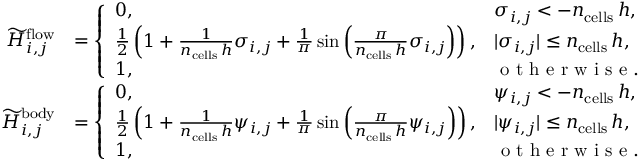
\begin{array} { r l } { \widetilde { H } _ { i , j } ^ { \mathrm { f l o w } } } & { = \left\{ \begin{array} { l l } { 0 , } & { \sigma _ { i , j } < - n _ { \mathrm { c e l l s } } \, h , } \\ { \frac { 1 } { 2 } \left( 1 + \frac { 1 } { n _ { \mathrm { c e l l s } } \, h } \sigma _ { i , j } + \frac { 1 } { \pi } \sin \left( \frac { \pi } { n _ { \mathrm { c e l l s } } \, h } \sigma _ { i , j } \right) \right) , } & { | \sigma _ { i , j } | \le n _ { \mathrm { c e l l s } } \, h , } \\ { 1 , } & { \textrm { o t h e r w i s e } . } \end{array} \right. } \\ { \widetilde { H } _ { i , j } ^ { \mathrm { b o d y } } } & { = \left\{ \begin{array} { l l } { 0 , } & { \psi _ { i , j } < - n _ { \mathrm { c e l l s } } \, h , } \\ { \frac { 1 } { 2 } \left( 1 + \frac { 1 } { n _ { \mathrm { c e l l s } } \, h } \psi _ { i , j } + \frac { 1 } { \pi } \sin \left( \frac { \pi } { n _ { \mathrm { c e l l s } } \, h } \psi _ { i , j } \right) \right) , } & { | \psi _ { i , j } | \le n _ { \mathrm { c e l l s } } \, h , } \\ { 1 , } & { \textrm { o t h e r w i s e } . } \end{array} \right. } \end{array}